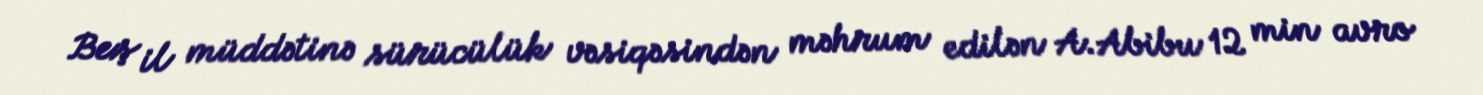
Beş il müddətinə sürücülük vəsiqəsindən məhrum edilən A.Abibu 12 min avro